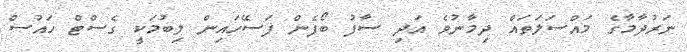
ނަރުދާމާގެ މައްސަލަތައް ދިމާނުވެ އަދި ސާފު ބޯފެން ފަސޭހައިން ލިބުމަކީ ގެސްޓް ހައުސް